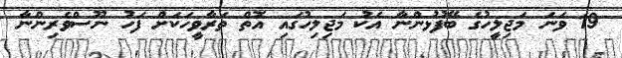
19 ވަނަ މަޖިލީހުގެ ބޭފުޅުންނާ އެކު މަޖިލިހުގައި އޮތް ތަރާވީހަކަށް ފަހު ނޫސްވެރިންނާ